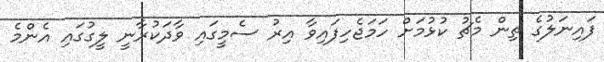
ފައިނަލުގެ ތިން މެޗު ކުޅުމަށް ހަމަޖެހިފައިވާ އިރު ސެމީގައި ވާދަކުރާނީ ލީގުގައި އެންމެ